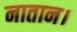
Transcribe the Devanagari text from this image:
नातान।